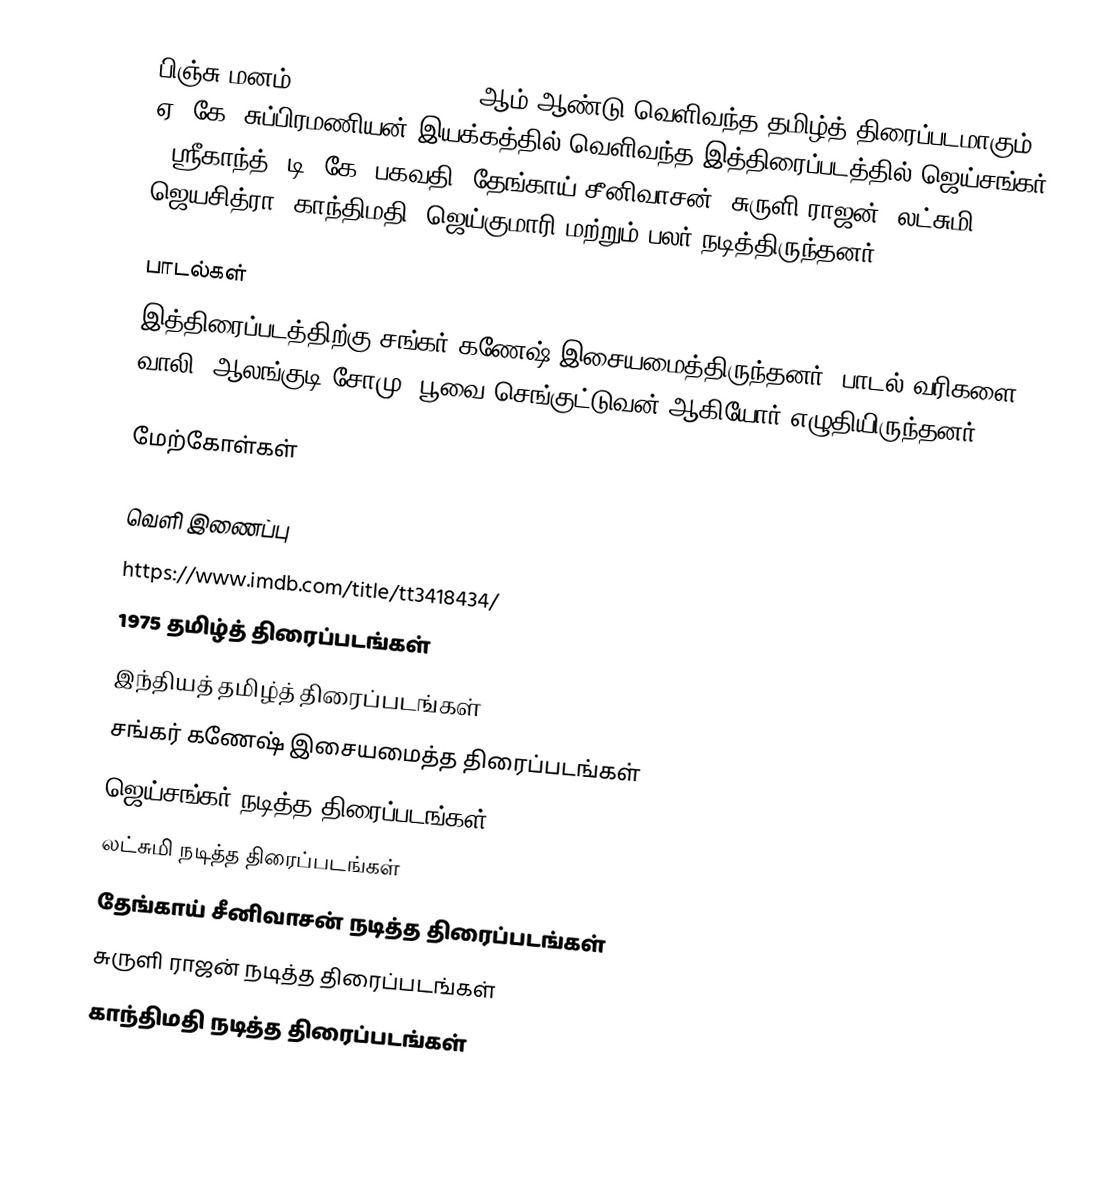
பிஞ்சு மனம் (Pinju Manam) 1975 ஆம் ஆண்டு வெளிவந்த தமிழ்த் திரைப்படமாகும். ஏ. கே. சுப்பிரமணியன் இயக்கத்தில் வெளிவந்த இத்திரைப்படத்தில் ஜெய்சங்கர் , ஸ்ரீகாந்த், டி. கே. பகவதி, தேங்காய் சீனிவாசன், சுருளி ராஜன், லட்சுமி, ஜெயசித்ரா, காந்திமதி, ஜெய்குமாரி மற்றும் பலர் நடித்திருந்தனர்.

பாடல்கள்
இத்திரைப்படத்திற்கு சங்கர் கணேஷ் இசையமைத்திருந்தனர். பாடல் வரிகளை வாலி, ஆலங்குடி சோமு, பூவை செங்குட்டுவன் ஆகியோர் எழுதியிருந்தனர்.

மேற்கோள்கள்

வெளி இணைப்பு
https://www.imdb.com/title/tt3418434/
1975 தமிழ்த் திரைப்படங்கள்
இந்தியத் தமிழ்த் திரைப்படங்கள்
சங்கர் கணேஷ் இசையமைத்த திரைப்படங்கள்
ஜெய்சங்கர் நடித்த திரைப்படங்கள்
லட்சுமி நடித்த திரைப்படங்கள்
தேங்காய் சீனிவாசன் நடித்த திரைப்படங்கள்
சுருளி ராஜன் நடித்த திரைப்படங்கள்
காந்திமதி நடித்த திரைப்படங்கள்